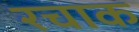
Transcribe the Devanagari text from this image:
रचाक